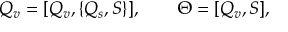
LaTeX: { \cal Q } _ { v } = [ { \cal Q } _ { v } , \{ { \cal Q } _ { s } , S \} ] , \quad \quad \Theta = [ { \cal Q } _ { v } , S ] ,